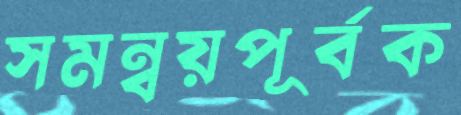
সমন্বয়পূর্বক